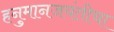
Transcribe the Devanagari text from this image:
हनुमानजयंतीचा